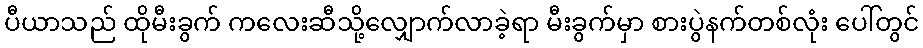
ပီယာသည် ထိုမီးခွက် ကလေးဆီသို့လျှောက်လာခဲ့ရာ မီးခွက်မှာ စားပွဲနက်တစ်လုံး ပေါ်တွင်